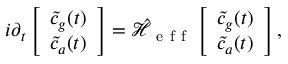
i \partial _ { t } \left[ \begin{array} { l } { \Tilde { c } _ { g } ( t ) } \\ { \Tilde { c } _ { a } ( t ) } \end{array} \right] = \hat { \mathcal { H } } _ { \mathrm { ~ e ~ f ~ f ~ } } \left[ \begin{array} { l } { \Tilde { c } _ { g } ( t ) } \\ { \Tilde { c } _ { a } ( t ) } \end{array} \right] ,